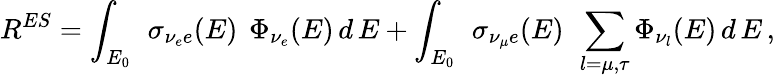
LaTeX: R^{ES}=\int_{E_{0}}\, ~\sigma_{\nu_{e}e}(E)\, ~\Phi_{\nu_{e}}(E)\, d\, E+\int_{E_{0}}\, ~\sigma_{\nu_{\mu}e}(E)\, ~\sum_{l=\mu,\tau}\Phi_{\nu_{l}}(E)\, d\, E\, ,